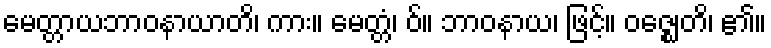
မေတ္တာယဘာဝနာယာတိ၊ ကား။ မေတ္တံ၊ ဝ်။ ဘာဝနာယ၊ ဖြင့်။ ဝဇ္ဈေတိ၊ ၏။